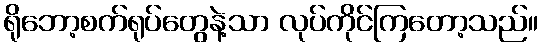
ရိုဘော့စက်ရုပ်တွေနဲ့သာ လုပ်ကိုင်ကြတော့သည်။